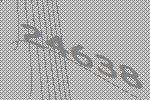
24638